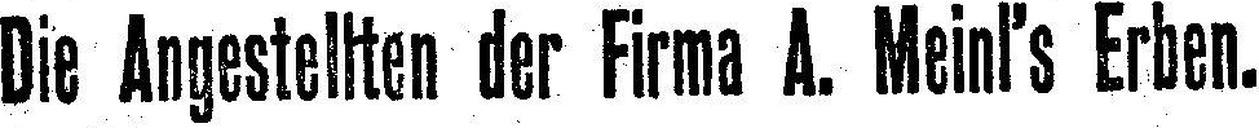
Die Angestellten der Firma A. Meinl’s Erben.